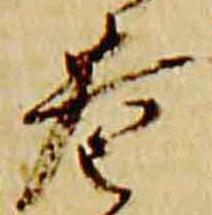
巷